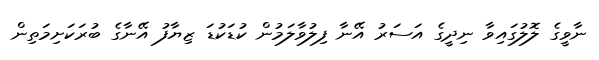
ނާވީގެ ލޮލުގައިވާ ނިދީގެ އަސަރު އޭނާ ފިލުވާލަމުން ކުޑަކުޑަ ޒިޔާފު އޭނާގެ ބުރަކަށިމަތިން